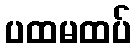
ပထမထပ်